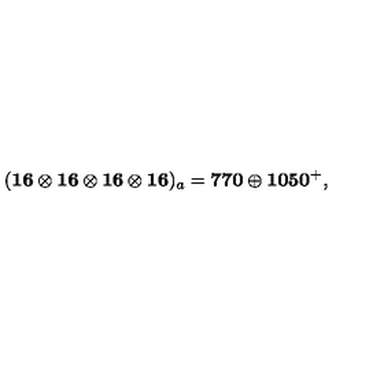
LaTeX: ( \mathbf { 1 6 \otimes 1 6 \otimes 1 6 \otimes 1 6 } ) _ { a } = \mathbf { 7 7 0 } \oplus \mathbf { 1 0 5 0 } ^ { + } ,